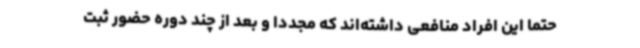
حتما این افراد منافعی داشته‌اند که مجددا و بعد از چند دوره حضور ثبت